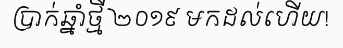
ប្រាក់ឆ្នាំថ្មី ២០១៩ មកដល់ហើយ!